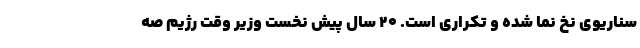
سناریوی نخ نما شده و تکراری است. ۲۰ سال پیش نخست وزیر وقت رژیم صه